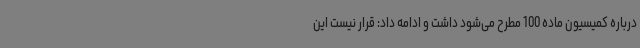
درباره کمیسیون ماده 100 مطرح می‌شود داشت و ادامه داد: قرار نیست این